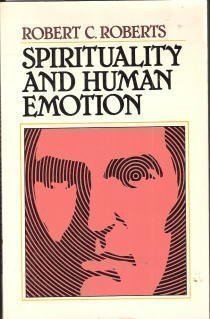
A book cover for Spirituality and Human Emotion; Robert C. Roberts; Religion & Spirituality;